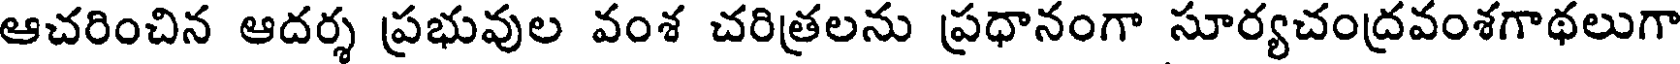
ఆచరించిన ఆదర్శ ప్రభువుల వంశ చరిత్రలను ప్రధానంగా సూర్యచంద్రవంశగాథలుగా